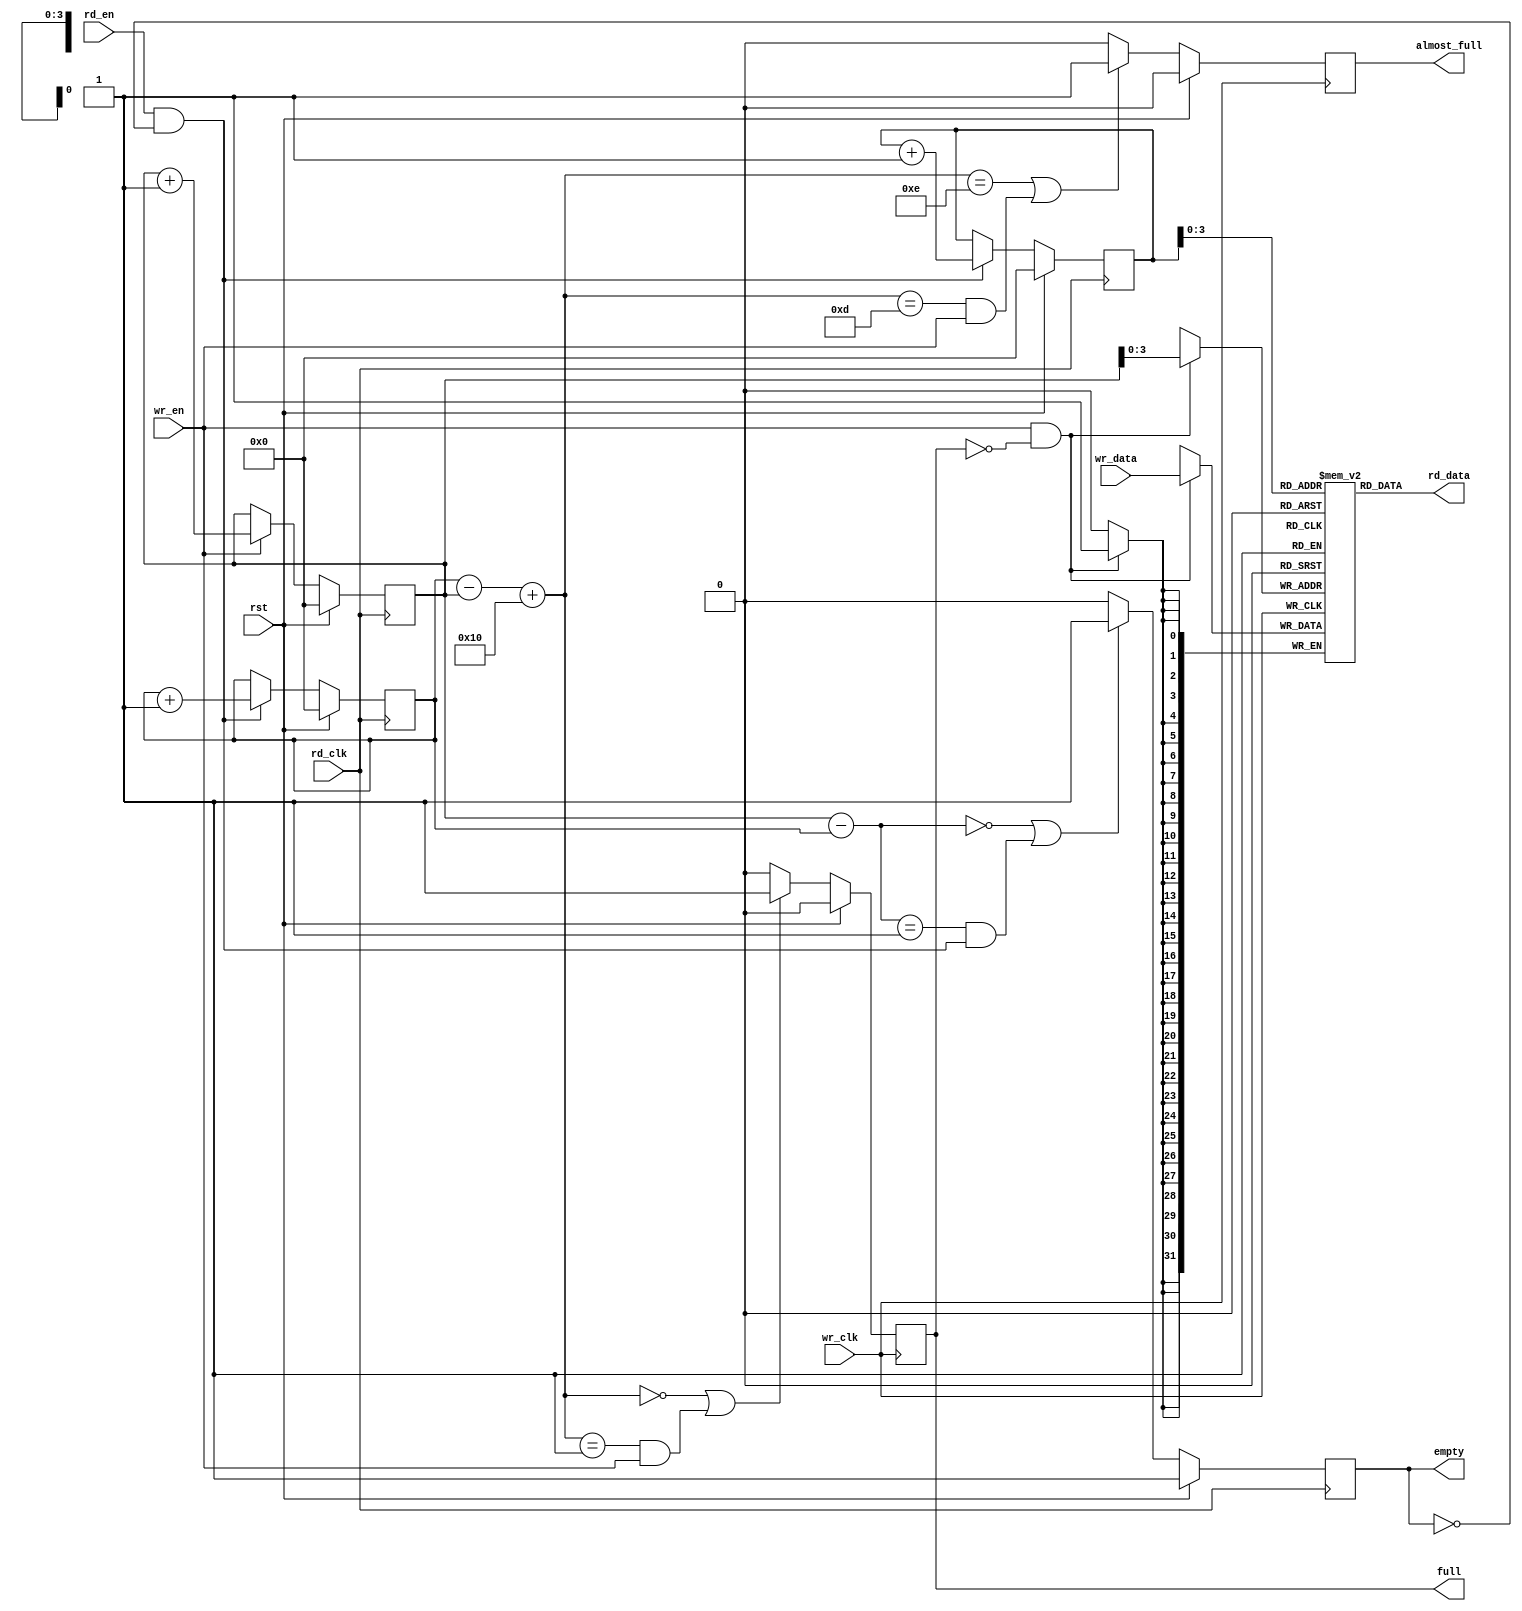
module afifo_3 #
(
 parameter TCQ           = 100,
 parameter DSIZE = 32,
 parameter FIFO_DEPTH = 16,
 parameter ASIZE = 4,
 parameter SYNC = 1   
)
(
input              wr_clk, 
input              rst,
input              wr_en,
input [DSIZE-1:0]  wr_data,
input              rd_en, 
input              rd_clk, 
output [DSIZE-1:0] rd_data,
output reg         full,
output reg         empty,
output reg         almost_full
);
reg [DSIZE-1:0] mem [0:FIFO_DEPTH-1];
reg [ASIZE:0]    rd_capture_ptr;
reg [ASIZE:0]    pre_rd_capture_gray_ptr;
reg [ASIZE:0]    rd_capture_gray_ptr;
reg [ASIZE:0] wr_capture_ptr;
reg [ASIZE:0] pre_wr_capture_gray_ptr;
reg [ASIZE:0] wr_capture_gray_ptr;
wire [ASIZE:0] buf_avail;
wire [ASIZE:0] buf_filled;
wire [ASIZE-1:0] wr_addr, rd_addr;
wire COutb,COutd;
reg COuta,COutc;
reg [ASIZE:0]   wr_ptr, rd_ptr,rd_ptr_cp;
integer i,j,k;
   always @ (rd_ptr)
     rd_capture_ptr = rd_ptr;
always @ (wr_ptr)
    wr_capture_ptr = wr_ptr;
assign wr_addr = wr_ptr[ASIZE-1:0];
assign rd_data = mem[rd_addr];
always @(posedge wr_clk)
begin
if (wr_en && !full)
  mem[wr_addr] <= #TCQ wr_data;
end
assign rd_addr = rd_ptr_cp[ASIZE-1:0];
assign rd_strobe = rd_en && !empty;
integer n;
always @(posedge rd_clk)
begin
if (rst)
   begin
        rd_ptr <= #TCQ 'b0;
        rd_ptr_cp <= #TCQ 'b0;
   end
else begin
    if (rd_strobe) begin
        {COuta,rd_ptr} <= #TCQ rd_ptr + 1'b1;
        rd_ptr_cp <= #TCQ rd_ptr_cp + 1'b1;
    end
end
end
assign {COutb,buf_filled} = wr_capture_ptr - rd_ptr;
always @ (posedge rd_clk )
begin
   if (rst)
        empty <= #TCQ 1'b1;
   else if ((buf_filled == 0) || (buf_filled == 1 && rd_strobe))
        empty <= #TCQ 1'b1;
   else
        empty <= #TCQ 1'b0;
end        
reg [ASIZE:0] wbin;
wire [ASIZE:0] wgraynext, wbinnext;
always @(posedge rd_clk)
begin
if (rst)
   begin
        wr_ptr <= #TCQ 'b0;
   end
else begin
    if (wr_en)
       {COutc, wr_ptr} <= #TCQ wr_ptr + 1'b1;
end
end
assign {COutd,buf_avail }= rd_capture_ptr  - wr_ptr + + 5'd16;
always @ (posedge wr_clk )
begin
   if (rst) 
        full <= #TCQ 1'b0;
   else if ((buf_avail == 0) || (buf_avail == 1 && wr_en))
        full <= #TCQ 1'b1;
   else
        full <= #TCQ 1'b0;
end        
always @ (posedge wr_clk )
begin
   if (rst) 
        almost_full <= #TCQ 1'b0;
   else if ((buf_avail == FIFO_DEPTH - 2 ) || ((buf_avail == FIFO_DEPTH -3) && wr_en))
        almost_full <= #TCQ 1'b1;
   else
        almost_full <= #TCQ 1'b0;
end        
endmodule